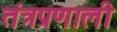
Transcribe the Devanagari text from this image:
तंत्रप्रणाली